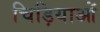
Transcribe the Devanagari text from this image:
चिड़ियाओं